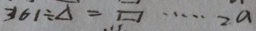
3 6 1 \div \Delta = \square \cdots 2 a